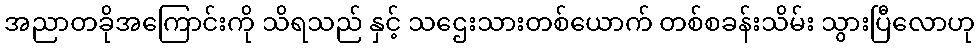
အညာတခိုအကြောင်းကို သိရသည် နှင့် သဌေးသားတစ်ယောက် တစ်စခန်းသိမ်း သွားပြီလောဟု